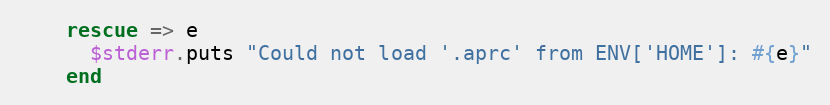
Language: Ruby
    rescue => e
      $stderr.puts "Could not load '.aprc' from ENV['HOME']: #{e}"
    end